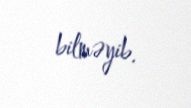
bilməyib.